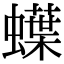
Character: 蠂